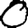
Digit: 0